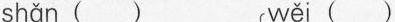
shǎn () wěi( )